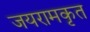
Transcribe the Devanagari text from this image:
जयरामकृत